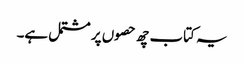
یہ کتاب چھ حصوں پر مشتمل ہے۔